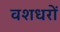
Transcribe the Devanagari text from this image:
वशधरों